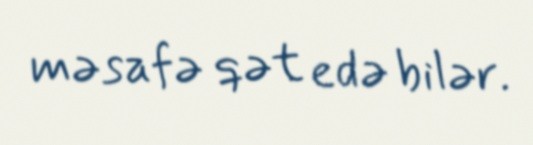
məsafə qət edə bilər.